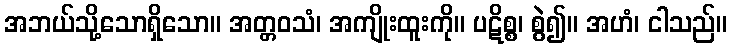
အဘယ်သို့သောရှိသော။ အတ္တဝသံ၊ အကျိုးထူးကို။ ပဋိစ္စ၊ စွဲ၍။ အဟံ၊ ငါသည်။